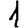
Digit: 1